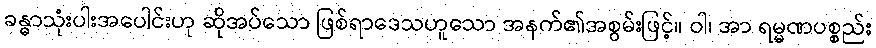
ခန္ဓာသုံးပါးအပေါင်းဟု ဆိုအပ်သော ဖြစ်ရာဒေသဟူသော အနက်၏အစွမ်းဖြင့်။ ဝါ၊ အာ ရမ္မဏပစ္စည်း